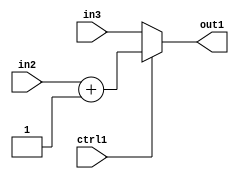
`timescale 1ps / 1ps
/*****************************************************************************
    Verilog RTL Description
    
    
    Created by: CellMath Designer 2019.1.01 
*******************************************************************************/

module float2fix_MuxAdd2i1s32u32u1_4 (
	in3,
	in2,
	ctrl1,
	out1
	); /* architecture "behavioural" */ 
input [31:0] in3,
	in2;
input  ctrl1;
output [31:0] out1;
wire [31:0] asc001,
	asc003;

assign asc003 = 
	+(in2)
	+(32'B00000000000000000000000000000001);

reg [31:0] asc001_tmp_0;
assign asc001 = asc001_tmp_0;
always @ (ctrl1 or asc003 or in3) begin
	case (ctrl1)
		1'B1 : asc001_tmp_0 = asc003 ;
		default : asc001_tmp_0 = in3 ;
	endcase
end

assign out1 = asc001;
endmodule

/* CADENCE  v7X1TA0= : u9/ySgnWtBlWxVPRXgAZ4Og= ** DO NOT EDIT THIS LINE ******/